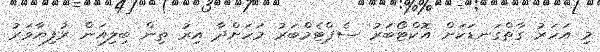
މި އަހަރު ގާތްގަނޑަކަށް އޮކްޓޯބަރު ސެޕްޓެމްބަރު މަހަށްދާ އިރު ތިން ބިލިއަން ރުފިޔާވަރު